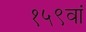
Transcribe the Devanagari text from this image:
१५९वां